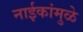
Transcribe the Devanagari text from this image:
नाईकांमुळे